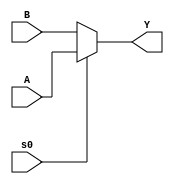
// 2:1 MUX using Conditional Operator
// Created by Nitheesh Kumar - Aug 01 2020

module Mux_2x1_cond #(parameter Width = 2) (
	input [Width-1:0] A,B,
	input s0,
	output [Width-1:0] Y);

assign Y = s0 ? A : B;

endmodule